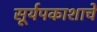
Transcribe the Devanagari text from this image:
सूर्यपकाशाचे